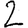
Digit: 2